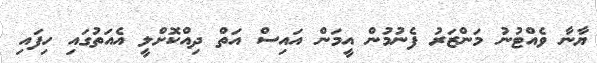
ޔާނާ ވެއްޓުނު މަންޒަރު ފެނުމުން އީމަން އައިސް އަތް ދިއްކޮށްލީ އެއަތުގައި ހިފައި